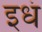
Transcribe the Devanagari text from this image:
इधं